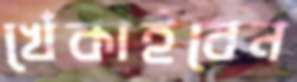
খেঁকাইবেন